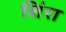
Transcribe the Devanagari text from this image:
शिंरा